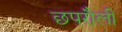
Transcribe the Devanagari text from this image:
छपरौली